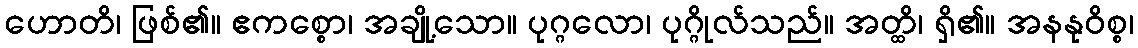
ဟောတိ၊ ဖြစ်၏။ ဧကစ္စော၊ အချို့သော။ ပုဂ္ဂလော၊ ပုဂ္ဂိုလ်သည်။ အတ္ထိ၊ ရှိ၏။ အနနုဝိစ္စ၊